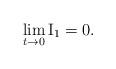
LaTeX: \begin{align*}\lim_{t\to0}{\rm I_1}=0.\end{align*}